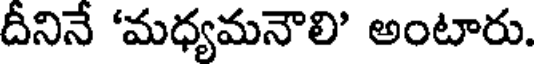
దీనినే 'మధ్యమనౌలి' అంటారు.